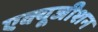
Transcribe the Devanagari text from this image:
एक्यूजीशन